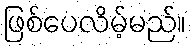
ဖြစ်ပေလိမ့်မည်။